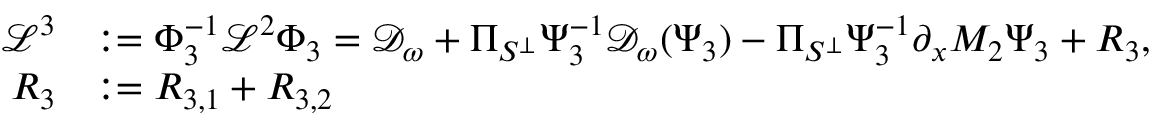
\begin{array} { r l } { \mathcal { L } ^ { 3 } } & { : = \Phi _ { 3 } ^ { - 1 } \mathcal { L } ^ { 2 } \Phi _ { 3 } = \mathcal { D } _ { \omega } + \Pi _ { S ^ { \perp } } \Psi _ { 3 } ^ { - 1 } \mathcal { D } _ { \omega } ( \Psi _ { 3 } ) - \Pi _ { S ^ { \perp } } \Psi _ { 3 } ^ { - 1 } \partial _ { x } M _ { 2 } \Psi _ { 3 } + R _ { 3 } , } \\ { R _ { 3 } } & { : = R _ { 3 , 1 } + R _ { 3 , 2 } } \end{array}